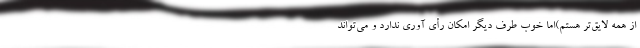
از همه لایق‌تر هستم)اما خوب طرف دیگر امکان رأی آوری ندارد و می‌تواند